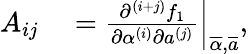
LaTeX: \begin{array}{rl}{A_{ij}}&{{}=\left.\frac{\partial^{(i+j)}f_{1}}{\partial\alpha^{(i)}\partial a^{(j)}}\right|_{\overline{{\alpha}},\overline{{a}}},}\end{array}